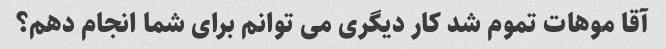
آقا موهات تموم شد کار دیگری می توانم برای شما انجام دهم؟